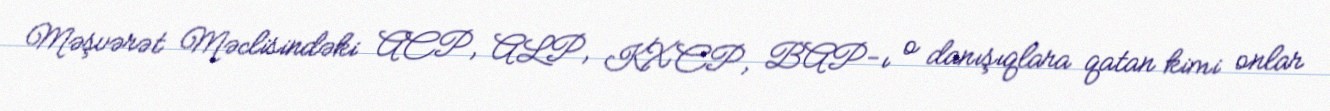
Məşvərət Məclisindəki ACP, ALP, KXCP, BAP-ı o danışıqlara qatan kimi onlar